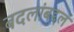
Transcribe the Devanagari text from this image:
बदलांबद्दल